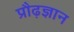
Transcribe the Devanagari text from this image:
प्रौढ़ज्ञान